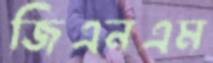
জিএনএম